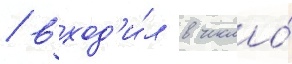
/ вход'и́л в число́